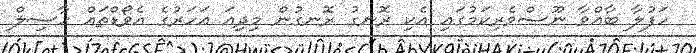
ހަފުލާ ބާއްވާ ނޫސްވެރިކަމުގައި އެކި ރޮނގު ރޮނގުން މިދިއަ އަހަރުގެ އެވޯޑްތައް ހާސިލް